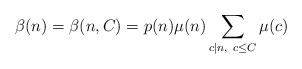
\begin{align*}\beta(n) = \beta(n, C) = p(n)\mu(n)\sum_{c|n,\ c\leq C}\mu(c)\end{align*}